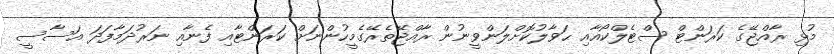
މުޅި ރާއްޖޭގެ ކަރަންޓް ސްޓެލްކޯއާއި ޙަވާލުކޮށްލަންވީނުން ރާއްޖޭތެރޭގެމީހުންނަށް ކަރަންޓާއި ފެނާއި ނަރުދަމާފަދަ އަސާސީ